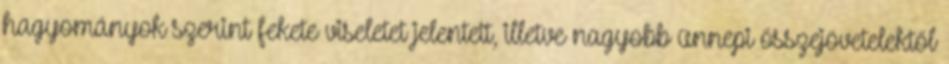
hagyományok szerint fekete viseletet jelentett, illetve nagyobb ünnepi összejövetelektől